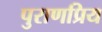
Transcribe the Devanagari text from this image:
पुराणप्रिय